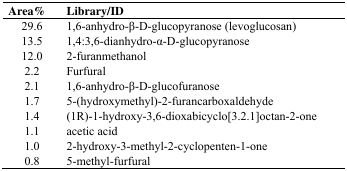
<table><thead><tr><td><b>Area%</b></td><td><b>Library/ID</b></td></tr></thead><tbody><tr><td>29.6</td><td>1,6-anhydro-β-D-glucopyranose (levoglucosan)</td></tr><tr><td>13.5</td><td>1,4:3,6-dianhydro-α-D-glucopyranose</td></tr><tr><td>12.0</td><td>2-furanmethanol</td></tr><tr><td>2.2</td><td>Furfural</td></tr><tr><td>2.1</td><td>1,6-anhydro-β-D-glucofuranose</td></tr><tr><td>1.7</td><td>5-(hydroxymethyl)-2-furancarboxaldehyde</td></tr><tr><td>1.4</td><td>(1R)-1-hydroxy-3,6-dioxabicyclo[3.2.1]octan-2-one</td></tr><tr><td>1.1</td><td>acetic acid</td></tr><tr><td>1.0</td><td>2-hydroxy-3-methyl-2-cyclopenten-1-one</td></tr><tr><td>0.8</td><td>5-methyl-furfural</td></tr></tbody></table>